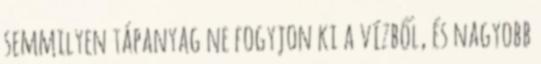
semmilyen tápanyag ne fogyjon ki a vízből, és nagyobb